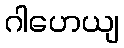
ဂါဟေယျ